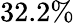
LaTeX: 32.2\%